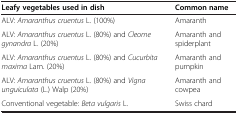
<table><thead><tr><td><b>Leafy vegetables used in dish</b></td><td><b>Common name</b></td></tr></thead><tbody><tr><td>ALV: <i>Amaranthus cruentus</i> L. (100%)</td><td>Amaranth</td></tr><tr><td>ALV: <i>Amaranthus cruentus</i> L. (80%) and <i>Cleome gynandra</i> L. (20%)</td><td>Amaranth and spiderplant</td></tr><tr><td>ALV: <i>Amaranthus cruentus</i> L. (80%) and <i>Cucurbita maxima</i> Lam. (20%)</td><td>Amaranth and pumpkin</td></tr><tr><td>ALV: <i>Amaranthus cruentus</i> L. (80%) and <i>Vigna unguiculata</i> (L.) Walp (20%)</td><td>Amaranth and cowpea</td></tr><tr><td>Conventional vegetable: <i>Beta vulgaris</i> L.</td><td>Swiss chard</td></tr></tbody></table>